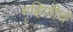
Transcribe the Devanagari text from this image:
गृहिणीचे